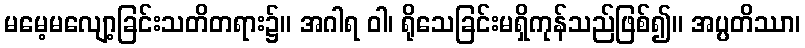
မမေ့မလျော့ခြင်းသတိတရား၌။ အဂါရ ဝါ၊ ရိုသေခြင်းမရှိကုန်သည်ဖြစ်၍။ အပ္ပတိဿာ၊